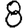
Digit: 8